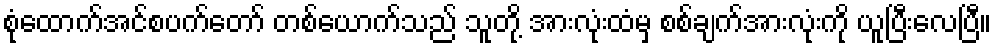
စုံထောက်အင်စပက်တော် တစ်ယောက်သည် သူတို့ အားလုံးထံမှ စစ်ချက်အားလုံးကို ယူပြီးလေပြီ။